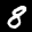
Label: 8